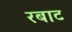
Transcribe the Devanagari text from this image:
रबाट